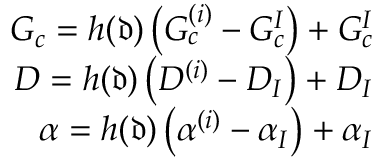
\begin{array} { r } { G _ { c } = h ( \mathfrak { d } ) \left( G _ { c } ^ { ( i ) } - G _ { c } ^ { I } \right) + G _ { c } ^ { I } } \\ { D = h ( \mathfrak { d } ) \left( D ^ { ( i ) } - D _ { I } \right) + D _ { I } } \\ { \alpha = h ( \mathfrak { d } ) \left( \alpha ^ { ( i ) } - \alpha _ { I } \right) + \alpha _ { I } } \end{array}